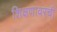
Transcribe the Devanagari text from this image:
शिक्षणावरची